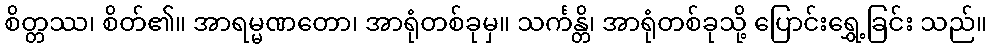
စိတ္တဿ၊ စိတ်၏။ အာရမ္မဏတော၊ အာရုံတစ်ခုမှ။ သင်္ကန္တိ၊ အာရုံတစ်ခုသို့ ပြောင်းရွှေ့ခြင်း သည်။